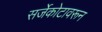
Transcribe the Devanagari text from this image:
सर्जेकोटावरून